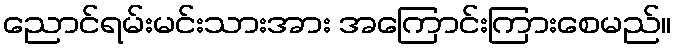
ညောင်ရမ်းမင်းသားအား အကြောင်းကြားစေမည်။